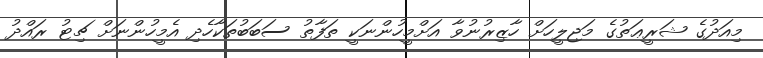
މިއަދުގެ ޝަރީޢަތުގެ މަޖިލީހަށް ހާޒިރުނުވާ އަށްމީހުންނަކީ ތަފާތު ސަބަބުތަކާހެދި އެމީހުންނަށް ޗިޓު ރައްދު